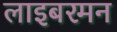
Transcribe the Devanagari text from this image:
लाइबरमन